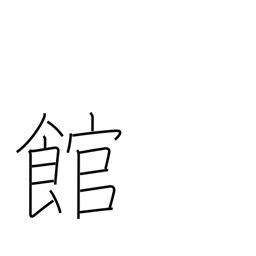
Meaning: building